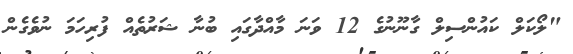
"ލޯކަލް ކައުންސިލް ގާނޫނުގެ 12 ވަނަ މާއްދާގައި ބުނާ ޝަރުތެއް ފުރިހަމަ ނުވެގެން